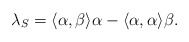
\begin{align*} \lambda_S = \langle \alpha,\beta \rangle \alpha -\langle \alpha ,\alpha\rangle \beta.\end{align*}